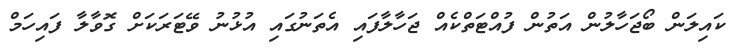
ކައިލަން ބޯޖަހާލުން އަތުން ފުއްޓަތްކެއް ޖަހާލާފައި އެތަނުގައި އުޅުނު ވޭޓަރަކަށް ގޮވާލާ ފައިހަމް